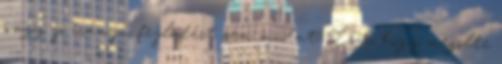
vagy jó irányú fejlődést sem mutat. Lsd, hogy megölte